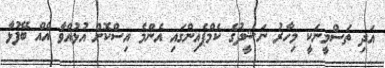
އަދި ތަސްމީނަކީ މިހާރު ނަޝީދުގެ ކެމްޕެއިންގައި އެންމެ އިސްކޮށް އުޅުއްވާ އެއް ބޭފުޅާ